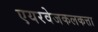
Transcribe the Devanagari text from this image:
एयरवेजकलकत्ता